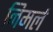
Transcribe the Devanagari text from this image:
निमर्ल